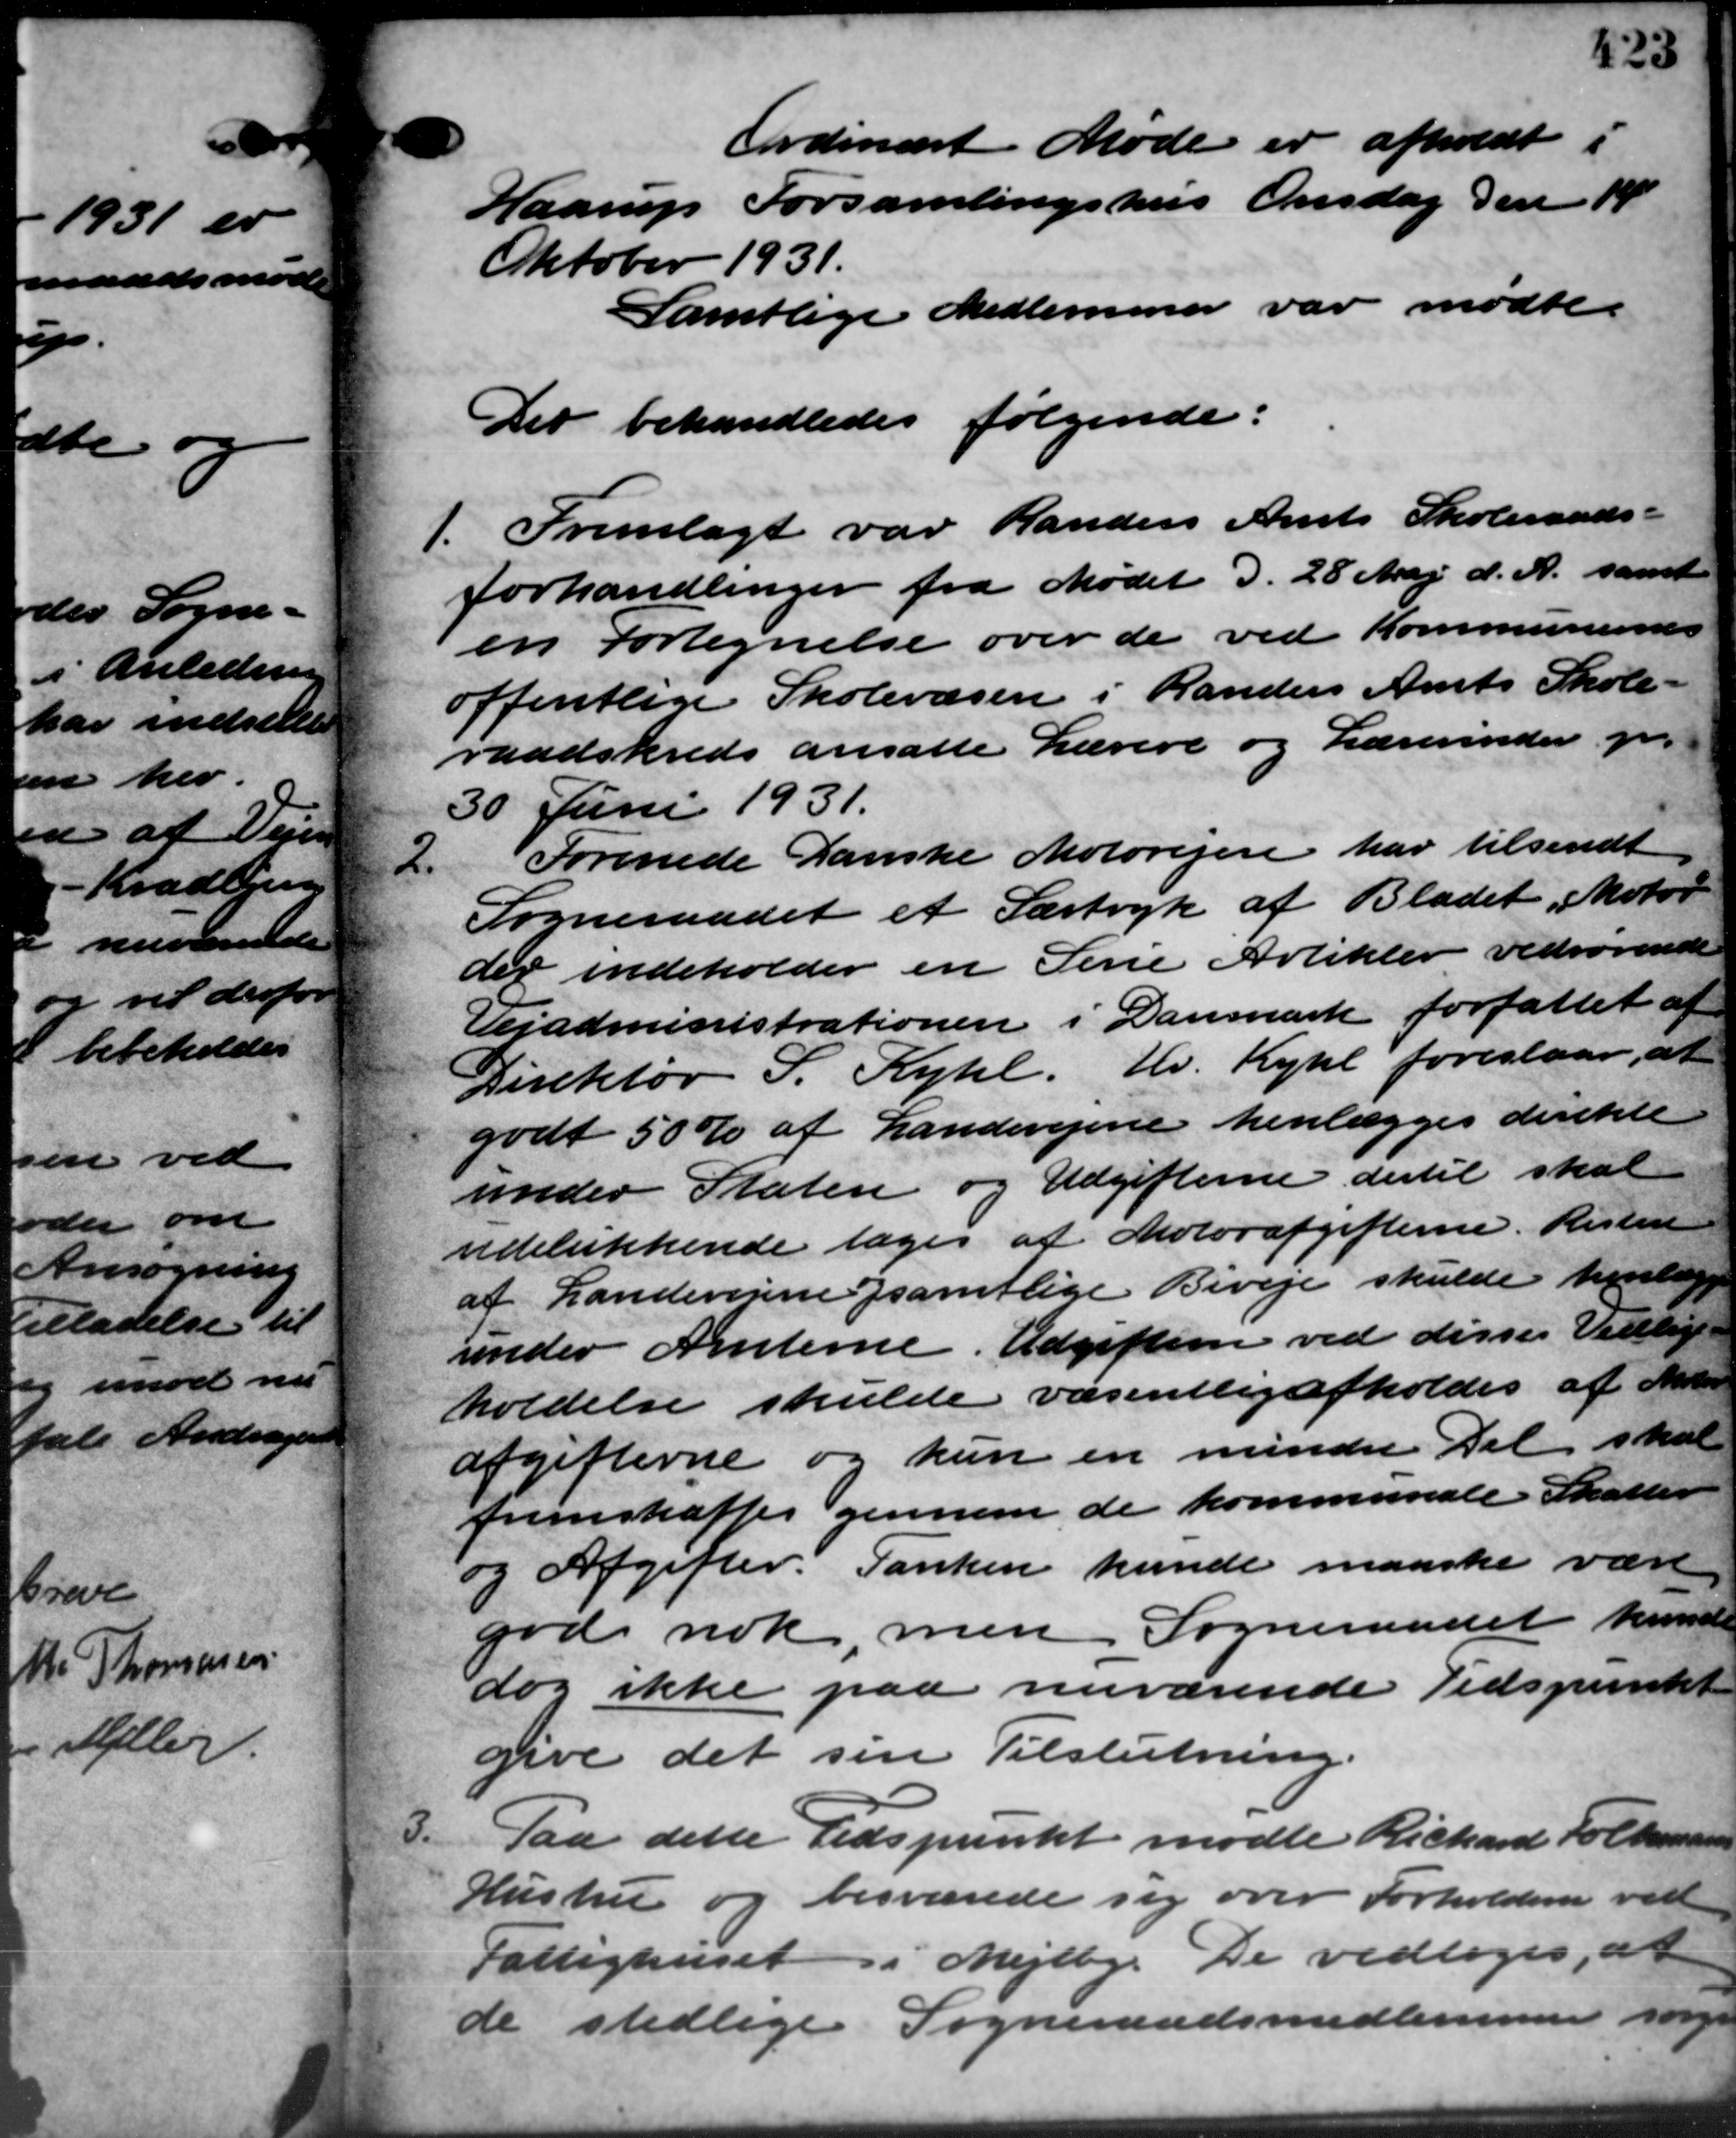
Transskription:
id
7

Ordinært Møde er afholdt i
Haarup Forsamlingshus Onsdag den 14
Oktober 1931.
Samtlige Medlemmer var mødte.
Der behandledes følgende:
1. Fremlagt var Randers Amts Skoleraads –
1. Fremlagt var Randers Amts Skoleraads –
forhandlinger fra Mødet d. 28 Maj d. A. samt
en Fortegnelse over de ved Kommunernes
offentlige Skolevæsen i Randers Amts Skole –
raadskreds ansatte Lærere og Lærerinder pr.
30 Juni 1931.
2.
Forenede Danske Motorejer har tilsendt
Sogneraadet et Særtryk af Bladet Motor
der indeholder en Serie Artikler vedrørende
Vejadministrationen i Danmark forfattet af
Direktør S. Kyhl. Hr. Kyhl foreslaar, at
godt 50 % af Landevejene henlægges direkte
under Staten og Udgifterne dertil skal
udelukkende tages af Motorafgifterne. Risten
af Landevejene samtlige Biveje skulde hverlæge
under Amterne. Udgifterne ved disses Vedlige
holdelse skulde væsentlig afholdes af Mater
afgifterne og kun en mindre Del skal
fremskaffes gennem de kommunale Skatter
og Afgifter. Tanken kunde maaske være
god nok, men Sogneraadet kunde
dog ikke paa nuværende Tidspunkt
give det sin Tilslutning.
3.
Paa dette Tidspunkt mødte Richard Folkemann
Hustru og besværede sig over Forholdene ved
Fattighuset i Mejlby. De vedtoges, at
de stedlige Sogneraadsmedlemmer sørge